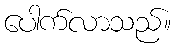
ပေါက်လာသည်။